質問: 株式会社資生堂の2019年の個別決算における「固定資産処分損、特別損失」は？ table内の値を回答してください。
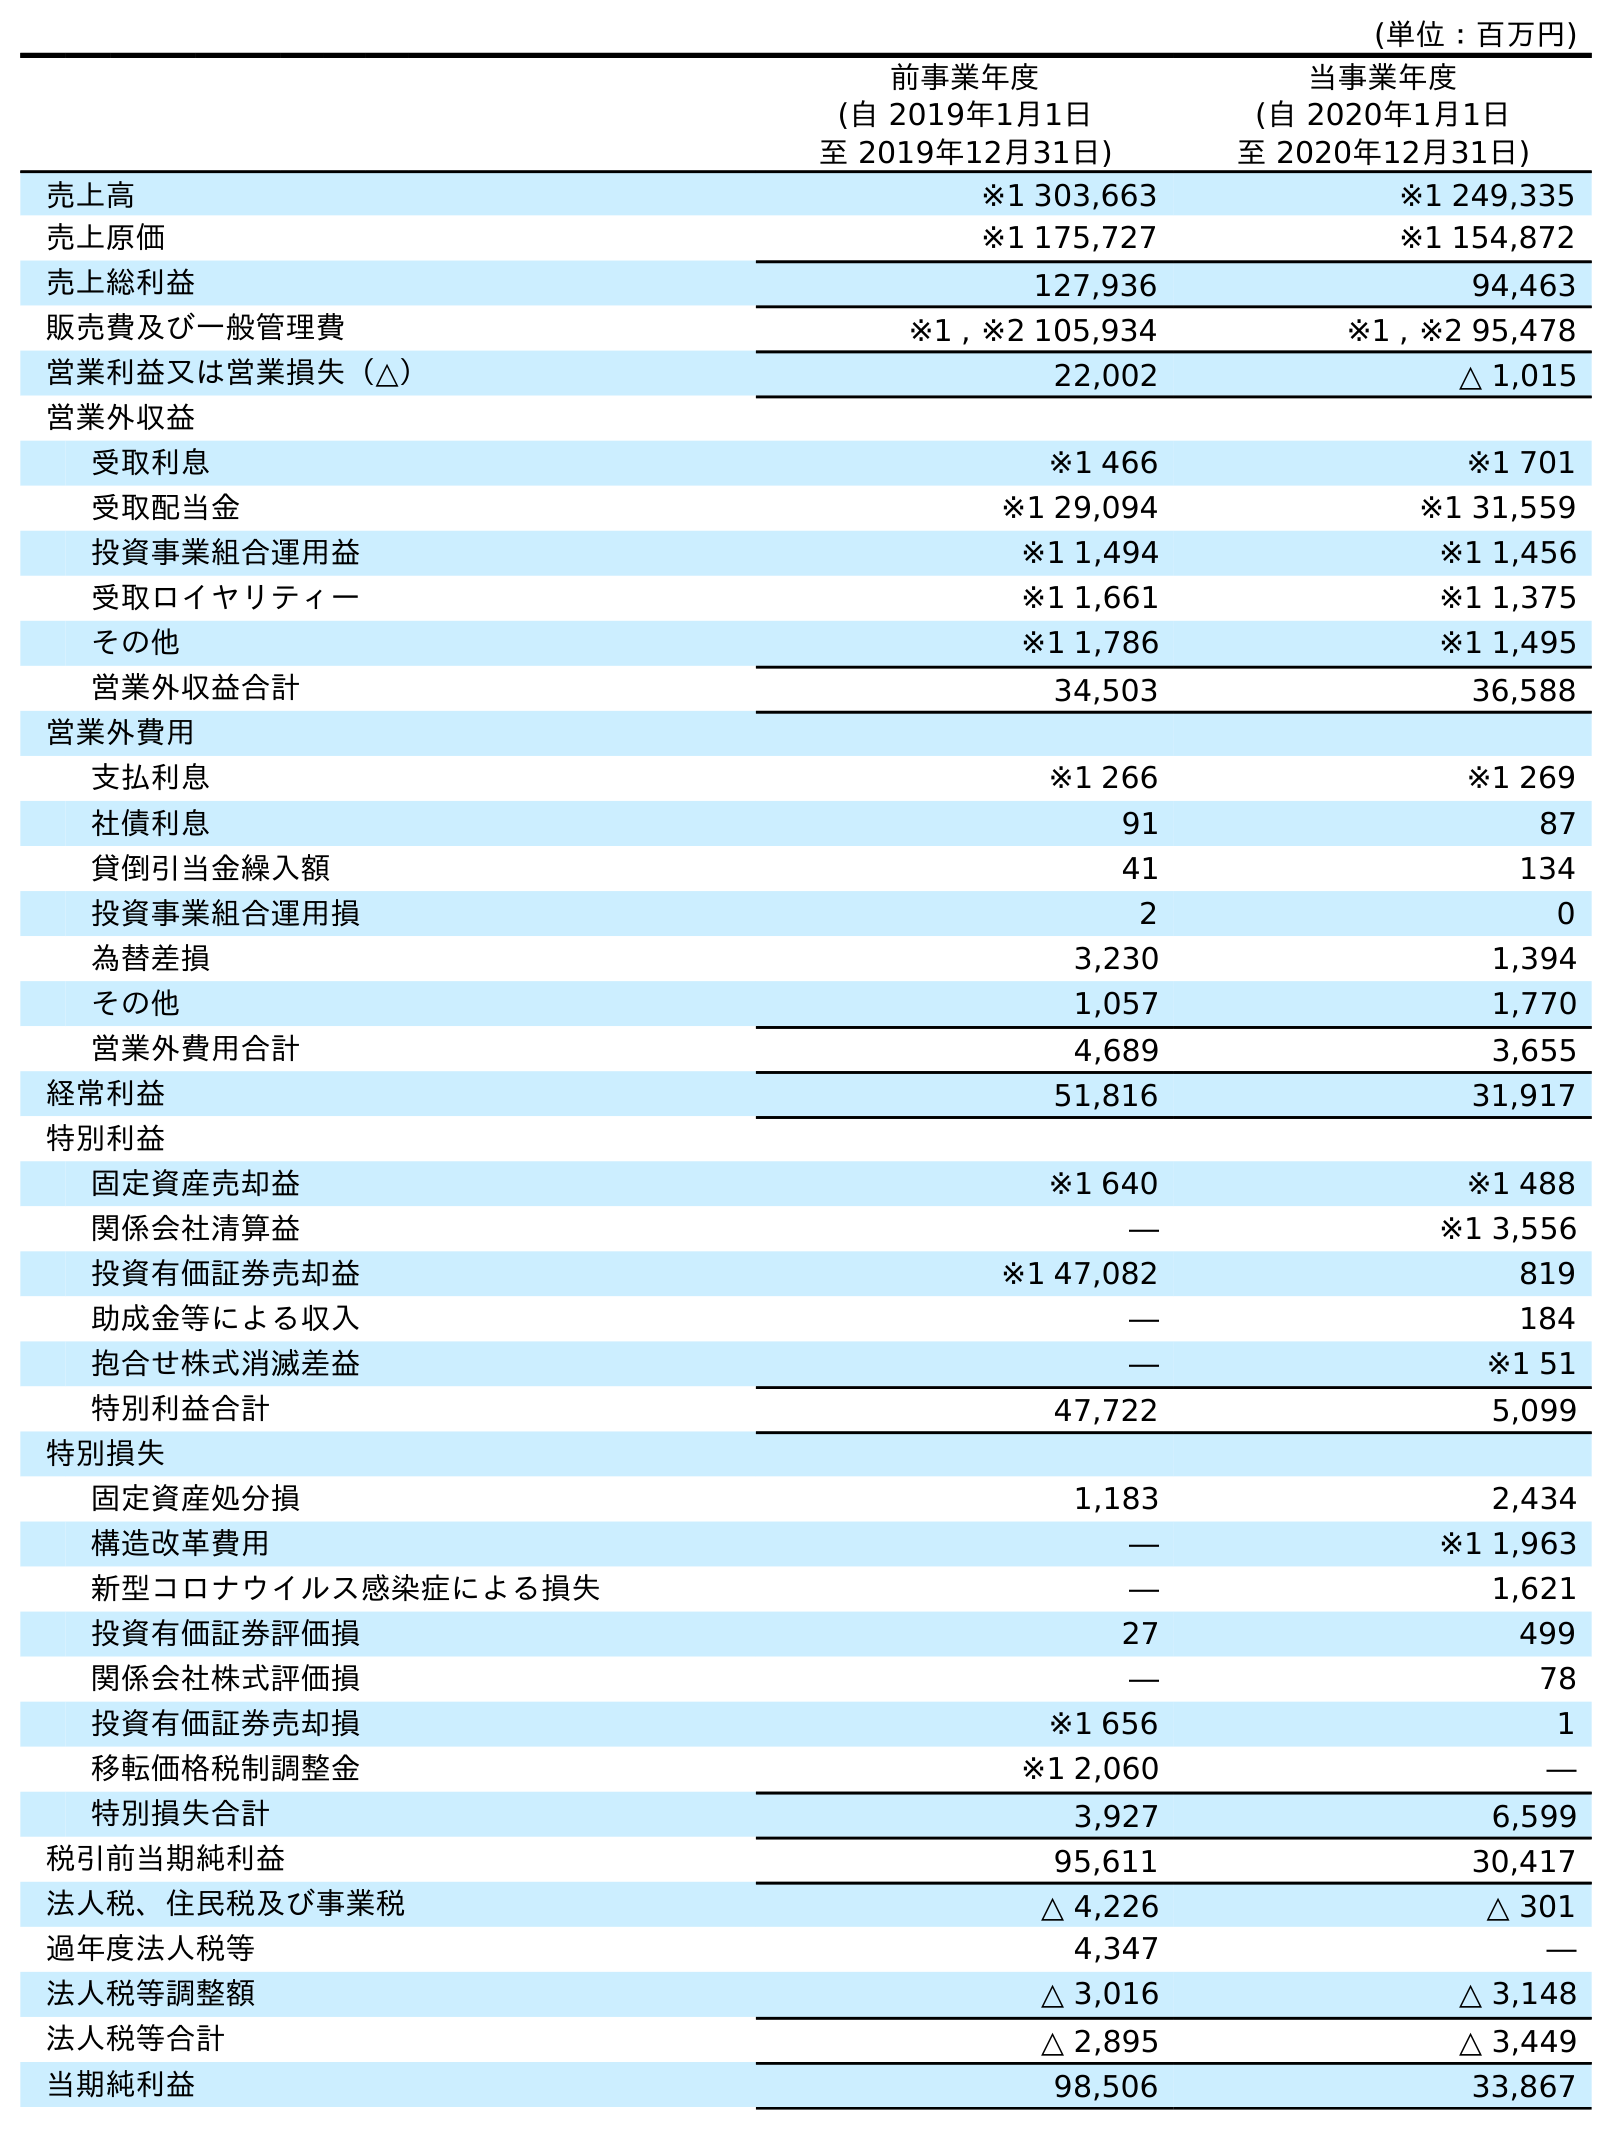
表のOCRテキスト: (単位：百万円) 前事業年度 (自 2019年1月1日 至 2019年12月31日) 当事業年度 (自 2020年1月1日 至 2020年12月31日) 売上高 ※1 303,663 ※1 249,335 売上原価 ※1 175,727 ※1 154,872 売上総利益 127,936 94,463 販売費及び一般管理費 ※1 , ※2 105,934 ※1 , ※2 95,478 営業利益又は営業損失（△） 22,002 △ 1,015 営業外収益 受取利息 ※1 466 ※1 701 受取配当金 ※1 29,094 ※1 31,559 投資事業組合運用益 ※1 1,494 ※1 1,456 受取ロイヤリティー ※1 1,661 ※1 1,375 その他 ※1 1,786 ※1 1,495 営業外収益合計 34,503 36,588 営業外費用 支払利息 ※1 266 ※1 269 社債利息 91 87 貸倒引当金繰入額 41 134 投資事業組合運用損 2 0 為替差損 3,230 1,394 その他 1,057 1,770 営業外費用合計 4,689 3,655 経常利益 51,816 31,917 特別利益 固定資産売却益 ※1 640 ※1 488 関係会社清算益 ― ※1 3,556 投資有価証券売却益 ※1 47,082 819 助成金等による収入 ― 184 抱合せ株式消滅差益 ― ※1 51 特別利益合計 47,722 5,099 特別損失 固定資産処分損 1,183 2,434 構造改革費用 ― ※1 1,963 新型コロナウイルス感染症による損失 ― 1,621 投資有価証券評価損 27 499 関係会社株式評価損 ― 78 投資有価証券売却損 ※1 656 1 移転価格税制調整金 ※1 2,060 ― 特別損失合計 3,927 6,599 税引前当期純利益 95,611 30,417 法人税、住民税及び事業税 △ 4,226 △ 301 過年度法人税等 4,347 ― 法人税等調整額 △ 3,016 △ 3,148 法人税等合計 △ 2,895 △ 3,449 当期純利益 98,506 33,867
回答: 1,183